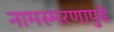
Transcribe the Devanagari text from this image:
नामस्मरणापुढे